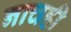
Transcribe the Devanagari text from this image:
नाचही